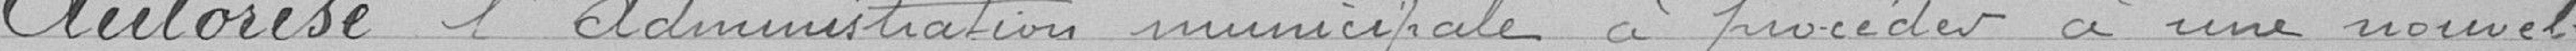
Autorise l'Administration municipale à procéder à une nouvelle